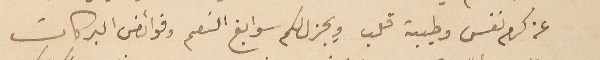
عن كرم نفس وطيبة قلب ويجزل لكم سوابغ النعم وفوائض البركات